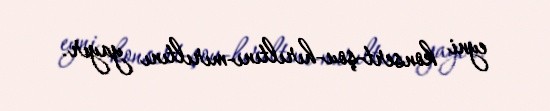
eyni konsert-şou-hırıltını-mırıltını yayır.